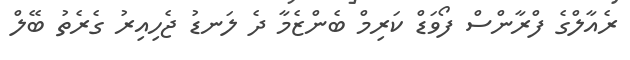
ރެއާލްގެ ފްރާންސް ފޯވަޑް ކަރިމް ބެންޒެމާ ދެ ލަނޑު ޖެހިއިިރު ގެރެތު ބޭލް